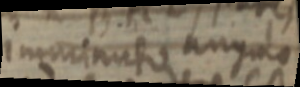
immunito angulo